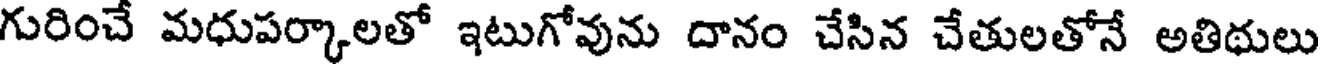
గురించే మధుపర్కాలతో ఇటుగోవును దానం చేసిన చేతులతోనే అతిథులు